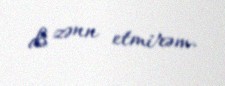
də zənn etmirəm.